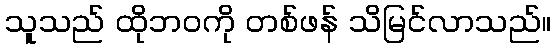
သူသည် ထိုဘဝကို တစ်ဖန် သိမြင်လာသည်။